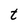
Character: t